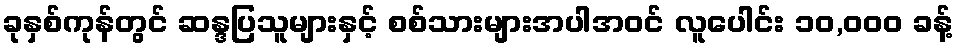
ခုနှစ်ကုန်တွင် ဆန္ဒပြသူများနှင့် စစ်သားများအပါအဝင် လူပေါင်း ၁၀,၀၀၀ ခန့်